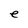
Character: e